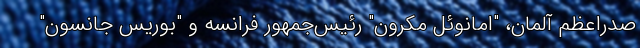
صدراعظم آلمان، "امانوئل مکرون" رئیس‌جمهور فرانسه و "بوریس جانسون"